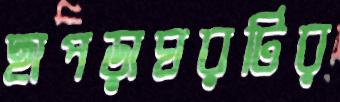
ছাপড়াঘরটির